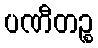
ပဏီတဉ္စ